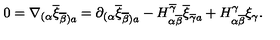
0 = \nabla _ { ( \alpha } \overline { { \xi } } _ { \overline { { \beta } } ) a } = \partial _ { ( \alpha } \overline { { \xi } } _ { \overline { { \beta } } ) a } - H _ { \alpha \overline { { \beta } } } ^ { \overline { { \gamma } } } \overline { { \xi } } _ { \overline { { \gamma } } a } + H _ { \alpha \overline { { \beta } } } ^ { \gamma } \xi _ { \gamma } .